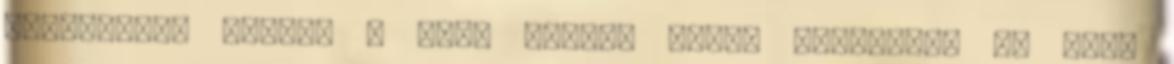
döntéseket hoztál – vagy hoztak mások helyetted -, amik